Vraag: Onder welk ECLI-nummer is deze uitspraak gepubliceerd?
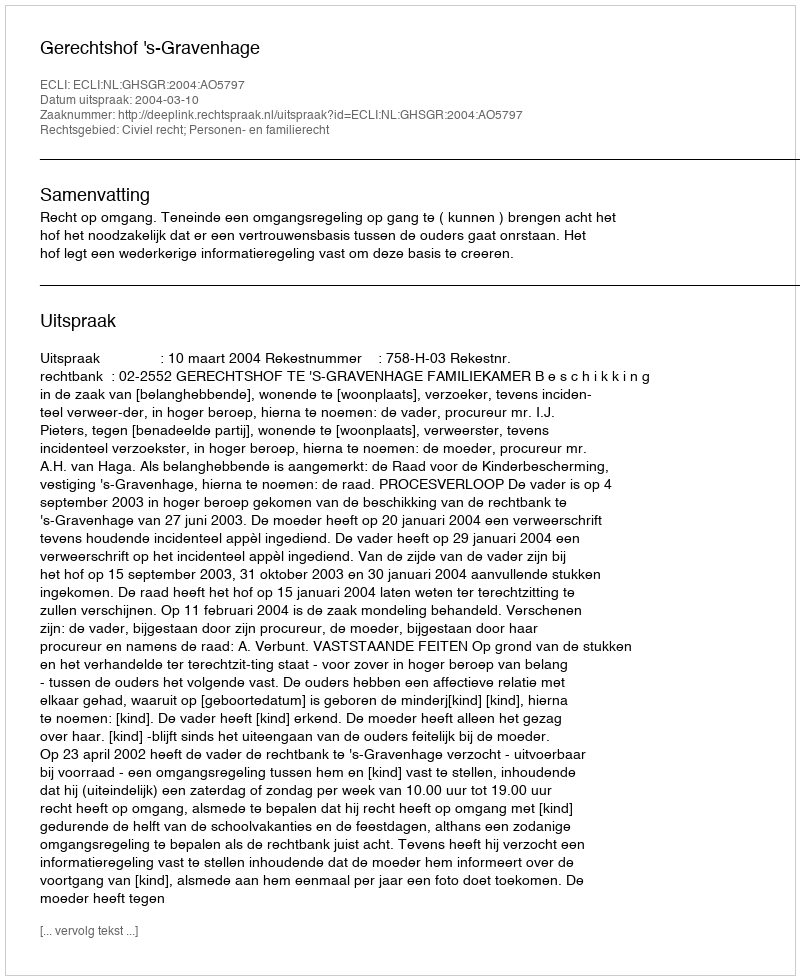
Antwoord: ECLI:NL:GHSGR:2004:AO5797